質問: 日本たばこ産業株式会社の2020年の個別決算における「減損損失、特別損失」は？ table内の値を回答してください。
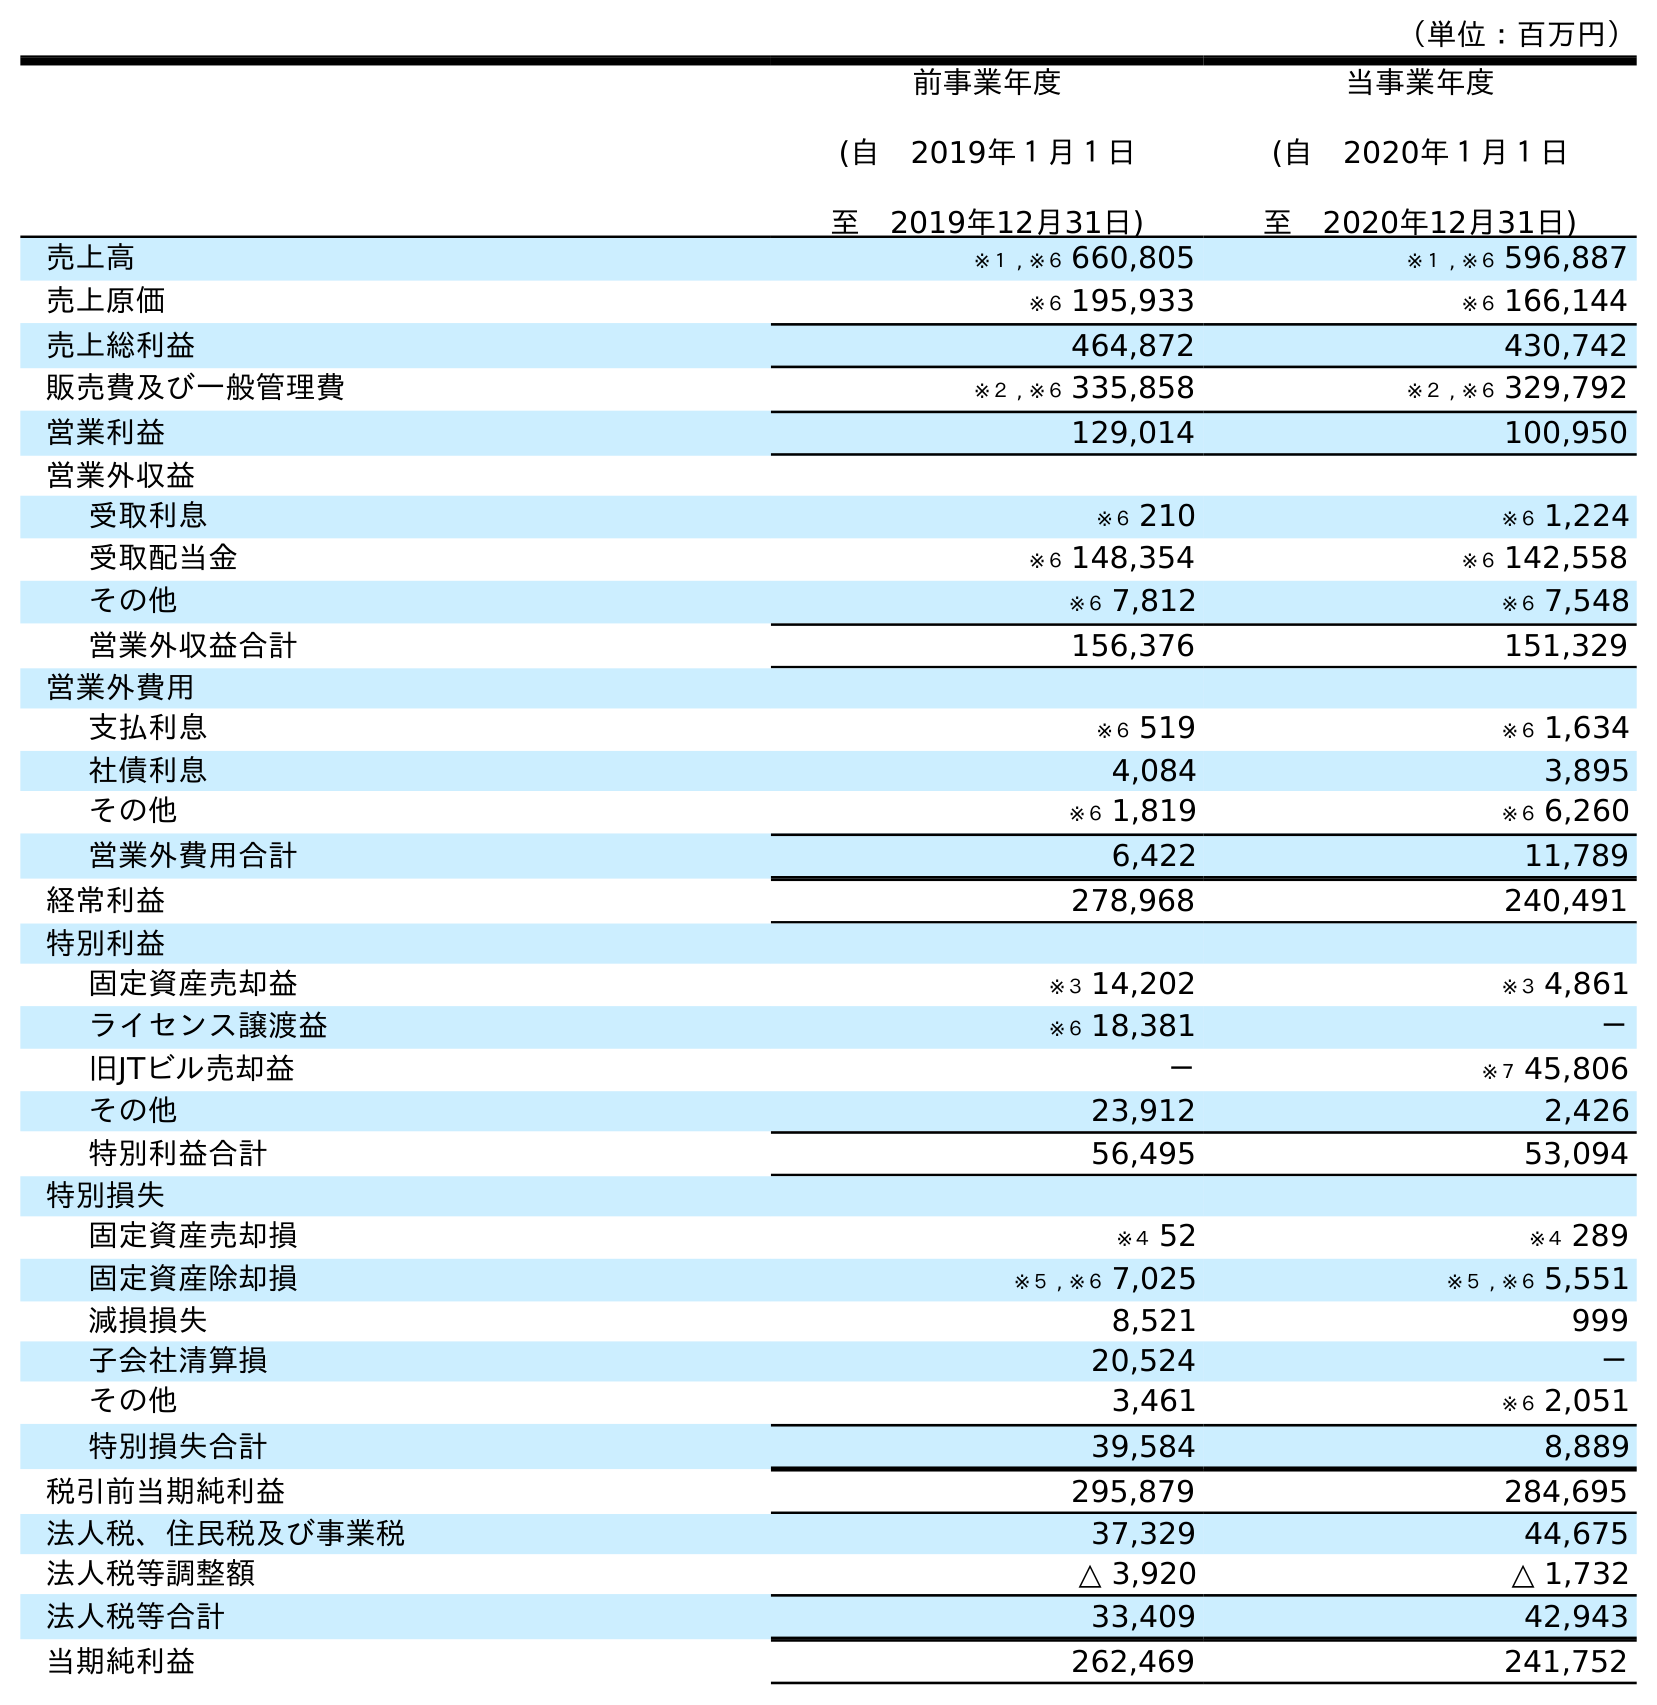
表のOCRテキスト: （単位：百万円） 前事業年度 (自 2019年１月１日 至 2019年12月31日) 当事業年度 (自 2020年１月１日 至 2020年12月31日) 売上高 ※１ , ※６ 660,805 ※１ , ※６ 596,887 売上原価 ※６ 195,933 ※６ 166,144 売上総利益 464,872 430,742 販売費及び一般管理費 ※２ , ※６ 335,858 ※２ , ※６ 329,792 営業利益 129,014 100,950 営業外収益 受取利息 ※６ 210 ※６ 1,224 受取配当金 ※６ 148,354 ※６ 142,558 その他 ※６ 7,812 ※６ 7,548 営業外収益合計 156,376 151,329 営業外費用 支払利息 ※６ 519 ※６ 1,634 社債利息 4,084 3,895 その他 ※６ 1,819 ※６ 6,260 営業外費用合計 6,422 11,789 経常利益 278,968 240,491 特別利益 固定資産売却益 ※３ 14,202 ※３ 4,861 ライセンス譲渡益 ※６ 18,381 － 旧JTビル売却益 － ※７ 45,806 その他 23,912 2,426 特別利益合計 56,495 53,094 特別損失 固定資産売却損 ※４ 52 ※４ 289 固定資産除却損 ※５ , ※６ 7,025 ※５ , ※６ 5,551 減損損失 8,521 999 子会社清算損 20,524 － その他 3,461 ※６ 2,051 特別損失合計 39,584 8,889 税引前当期純利益 295,879 284,695 法人税、住民税及び事業税 37,329 44,675 法人税等調整額 △ 3,920 △ 1,732 法人税等合計 33,409 42,943 当期純利益 262,469 241,752
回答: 999